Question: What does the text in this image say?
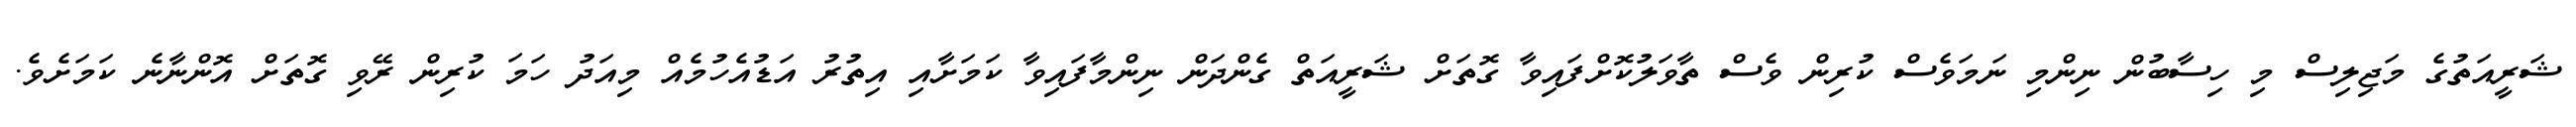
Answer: ޝަރީއަތުގެ މަޖިލިސް މި ހިސާބުން ނިންމި ނަމަވެސް ކުރިން ވެސް ތާވަލުކޮށްފައިވާ ގޮތަށް ޝަރީއަތް ގެންދަން ނިންމާފައިވާ ކަމަށާއި އިތުރު އަޑުއެހުމެއް މިއަދު ހަމަ ކުރިން ރޭވި ގޮތަށް އޮންނާނެ ކަމަށެވެ.